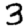
Digit: 3